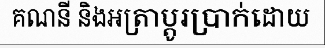
គណនី និងអត្រាប្តូរប្រាក់ដោយ